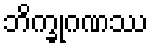
ဘိက္ခုဂဏဿ